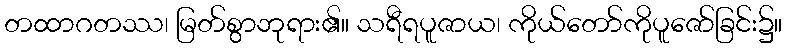
တထာဂတဿ၊ မြတ်စွာဘုရား၏။ သရီရပူဇာယ၊ ကိုယ်တော်ကိုပူဇော်ခြင်း၌။